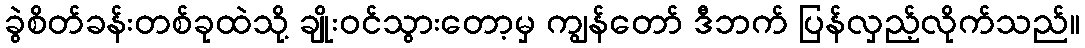
ခွဲစိတ်ခန်းတစ်ခုထဲသို့ ချိုးဝင်သွားတော့မှ ကျွန်တော် ဒီဘက် ပြန်လှည့်လိုက်သည်။